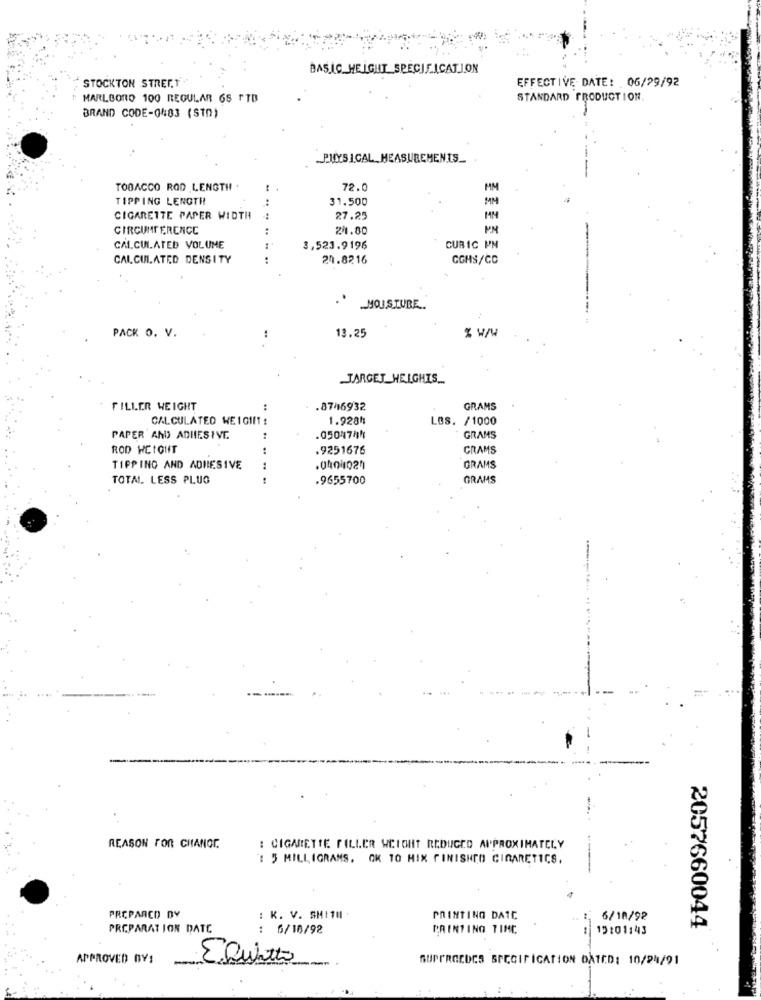
BASIC. HEIGHT SPECIFICATION
STOCKTON STREET
EFFECTIVE DATE: 06/29/92
MARLBORO 100 REGULAR 65 FTB
STANDARD PRODUCTION.
BRAND CODE-Q#83 (STD)
PHYSICAL MEASUREMENTS_
TOBACCO ROD LENGTH .
72.0
MM
TIPPING LENGTH
..
31.500
MM
CIGARETTE PAPER WIDTH
27.25
MM
CIRCUMFERENCE
21.80
PM
CALCULATED VOLUME
3,523.9196
CUBIC PM
CALCULATED DENSITY
20.8216
CGHS/CC
MOISTURE.
PACK O. V.
13.25
TARGET_HELGHIS_
FILLER WEIGHT
:
.8746932
GRAMS
CALCULATED WE 10111 :
1.928h
LØS. /1000
PAPER AND ADHESIVE
..
.0504744
GRAMS
ROD WEIGHT
..
.9251676
GRAMS
TIPPING AND ADHESIVE
GRAMS
TOTAL. LESS PLUO
.9655700
GRAMS
-
REASON FOR CHANGE.
: CIGARETTE FILLER WEIGHT REDUCED APPROXIMATELY
: 5 MILLIGRAMS. OK 10 HIX FINISHCO CINARETICS,
PRCPARCO DY
: K. V. SMITH +
PRINTING DATC
6/10/92
PREPARATION DATE
: 6/10/92
PRINTING TIME
: 15:01143
2057660044
APPROVED BY1
-
ERuitto
--
SUPPROEDES SPECIFICATION DATED: 10/24/91